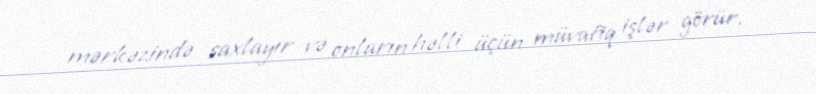
mərkəzində saxlayır və onların həlli üçün müvafiq işlər görür.